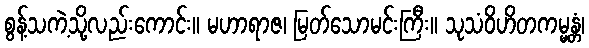
စွန့်သကဲ့သို့လည်းကောင်း။ မဟာရာဇ၊ မြတ်သောမင်းကြီး။ သုသံဝိဟိတကမ္မန္တံ၊